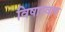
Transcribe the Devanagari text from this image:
विषास्वाद